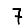
Digit: 7